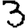
Digit: 3